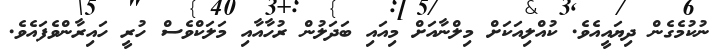
ނުކުމެގެން ދިޔައީއެވެ. ކުއްލިއަކަށް މިލްނާއަށް މިއައި ބަދަލުން ރުހާއާއި މަލަކްވެސް ހުރީ ހައިރާންވެފައެވެ.